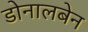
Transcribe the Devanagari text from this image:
डोनालबेन